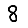
Digit: 8